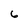
Character: 6